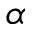
\alpha